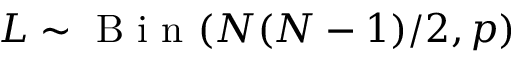
L \sim \mathrm { ~ B ~ i ~ n ~ } ( N ( N - 1 ) / 2 , p )